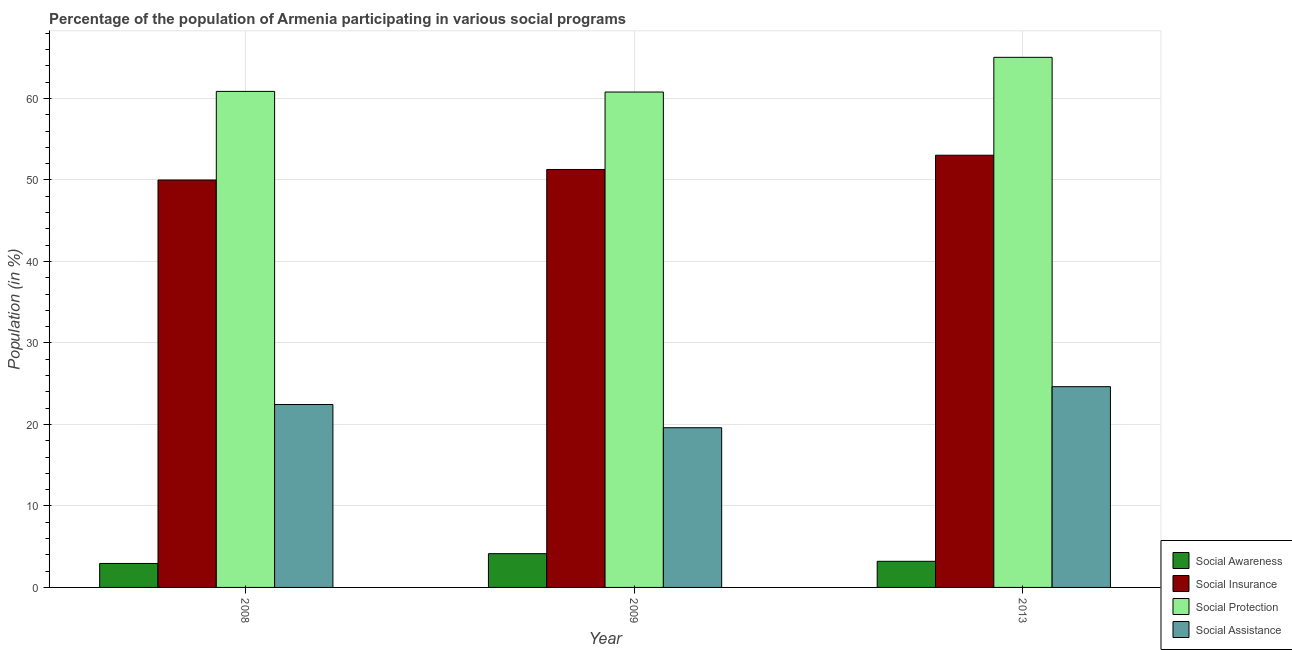
| Year | Social Awareness | Social Insurance | Social Protection | Social Assistance |
 | --- | --- | --- | --- | --- |
 | 2008 | 2.94 | 50 | 60.9 | 22.4 |
 | 2009 | 4.14 | 51.3 | 60.8 | 19.6 |
 | 2013 | 3.21 | 53 | 65 | 24.6 |